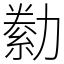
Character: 勬